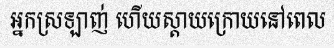
អ្នកស្រឡាញ់ ហើយស្តាយក្រោយនៅពេល